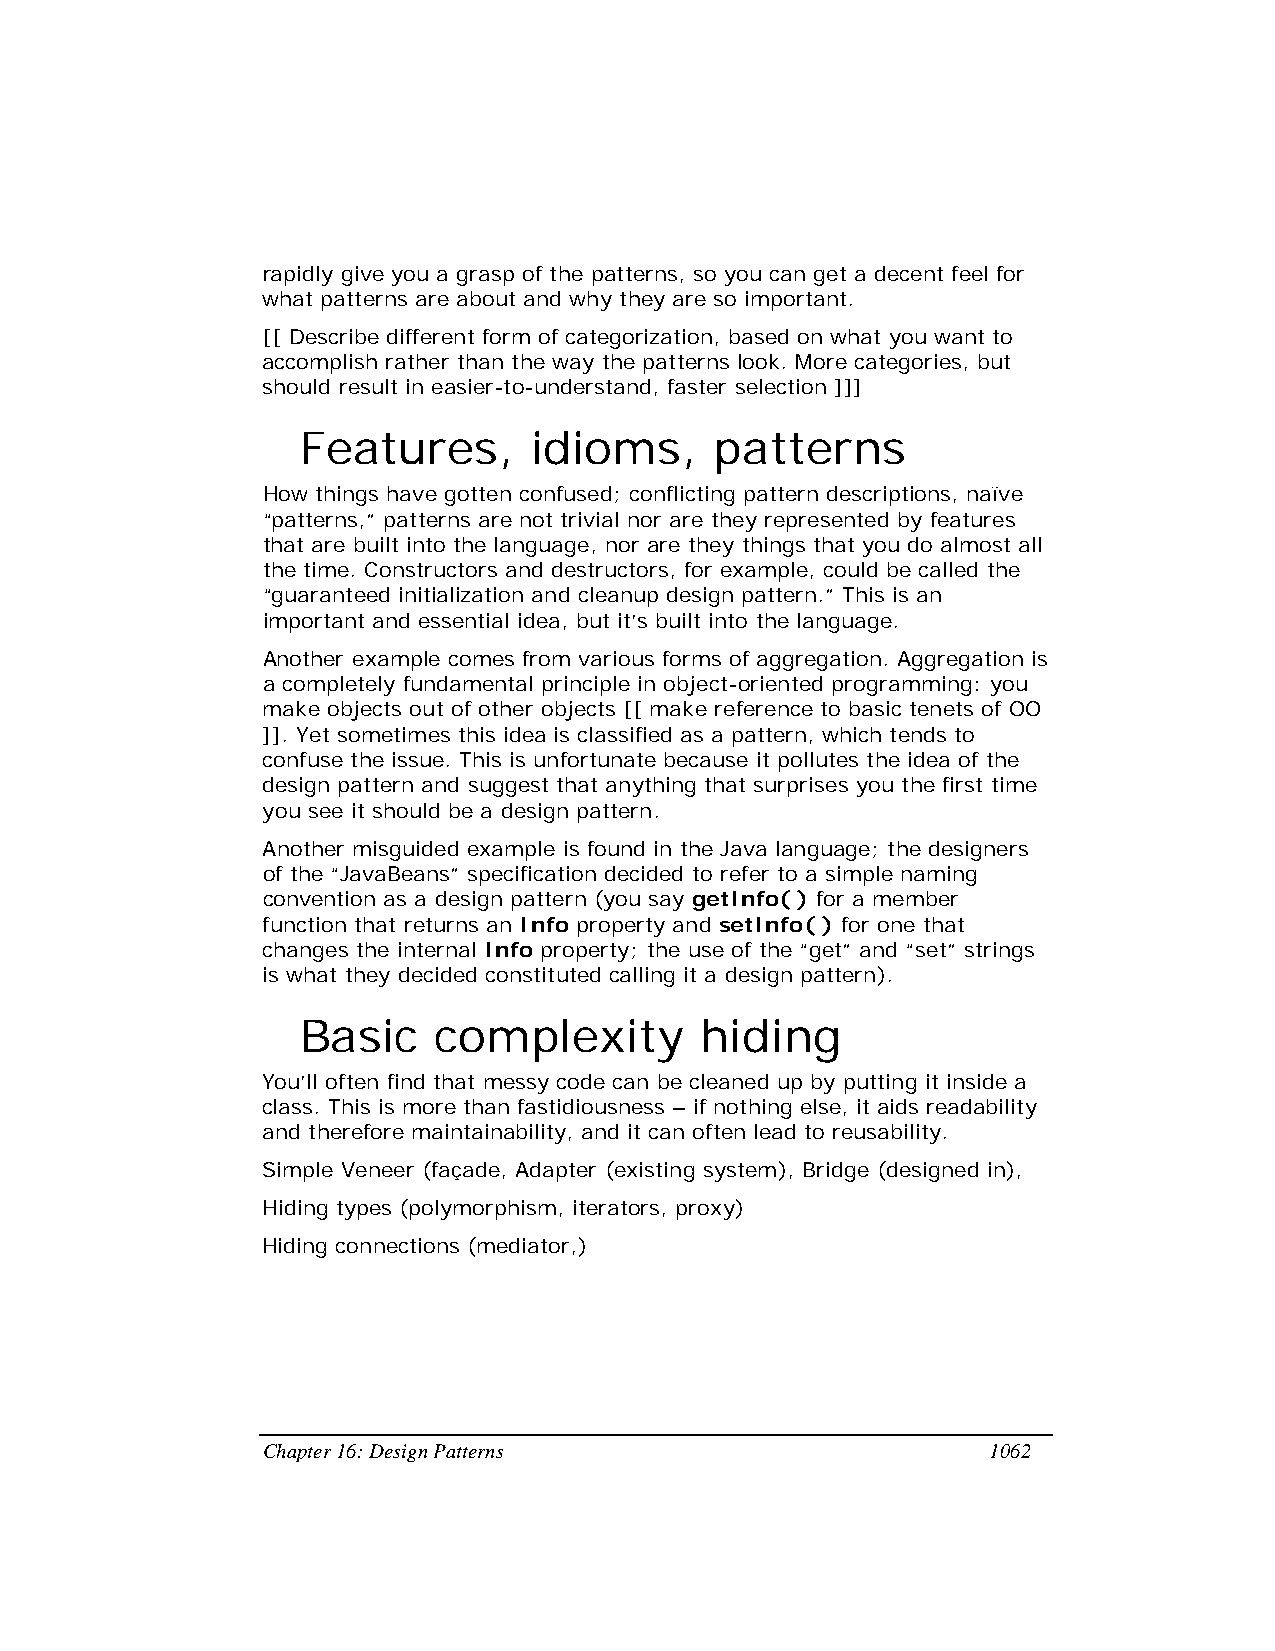
rapidly give you a grasp of the patterns, so you can get a decent feel for
 what patterns are about and why they are so important.
 [[ Describe different form of categorization, based on what you want to
 accomplish rather than the way the patterns look. More categories, but
 should result in easier-to-understand, faster selection ]]]
 Features,      idioms,     patterns
 How things have gotten confused; conflicting pattern descriptions, naïve
 “patterns,” patterns are not trivial nor are they represented by features
 that are built into the language, nor are they things that you do almost all
 the time. Constructors and destructors, for example, could be called the
 “guaranteed initialization and cleanup design pattern.” This is an
 important and essential idea, but it’s built into the language.
 Another example comes from various forms of aggregation. Aggregation is
 a completely fundamental principle in object-oriented programming: you
 make objects out of other objects [[ make reference to basic tenets of OO
 ]]. Yet sometimes this idea is classified as a pattern, which tends to
 confuse the issue. This is unfortunate because it pollutes the idea of the
 design pattern and suggest that anything that surprises you the first time
 you see it should be a design pattern.
 Another misguided example is found in the Java language; the designers
 of the “JavaBeans” specification decided to refer to a simple naming
 convention as a design pattern (you say getInfo( ) for a member
 function that returns an Info property and setInfo( ) for one that
 changes the internal Info property; the use of the “get” and “set” strings
 is what they decided constituted calling it a design pattern).
 Basic    complexity       hiding
 You’ll often find that messy code can be cleaned up by putting it inside a
 class. This is more than fastidiousness – if nothing else, it aids readability
 and therefore maintainability, and it can often lead to reusability.
 Simple Veneer (façade, Adapter (existing system), Bridge (designed in),
 Hiding types (polymorphism, iterators, proxy)
 Hiding connections (mediator,)
 Chapter 16: Design Patterns                     1062